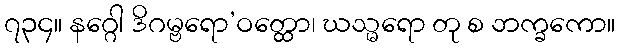
၇၃၄။ နဂ္ဂေါ ဒိဂမ္ဗရော’ဝတ္ထော၊ ဃသ္မရော တု စ ဘက္ခကော။